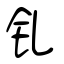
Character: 钆